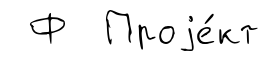
Ф Проjе́кт